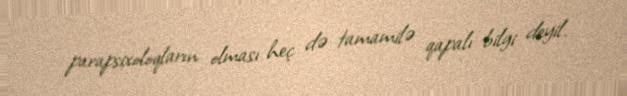
parapsixoloqların olması heç də tamamilə qapalı bilgi deyil.